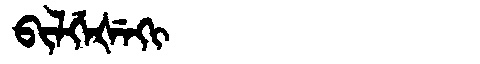
Manchu: ᠪᡳᠯᡤᡝᡧᡝᡴᡳ
Romanization: BILGEŠEKI